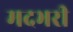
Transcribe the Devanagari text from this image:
मदभरी